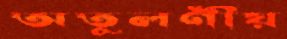
অতুলণীয়